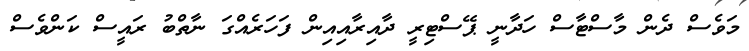
މަވެސް ދެން މާސްޓާސް ހަދާނީ ޕޭސްޓިރީ ދާއިރާއިއިން ފަހަރެއްގަ ނާތްބު ރައީސް ކަންވެސް